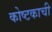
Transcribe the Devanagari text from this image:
कोष्टकाची